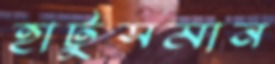
হাটুসমান